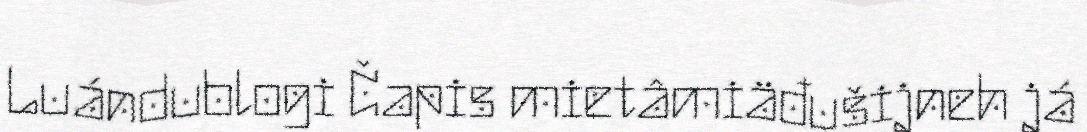
Luándublogi Čapis mietâmiäđušijneh já